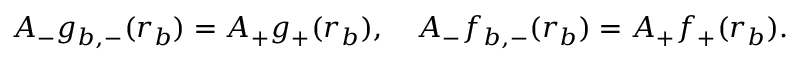
A _ { - } g _ { b , - } ( r _ { b } ) = A _ { + } g _ { + } ( r _ { b } ) , \quad A _ { - } f _ { b , - } ( r _ { b } ) = A _ { + } f _ { + } ( r _ { b } ) .